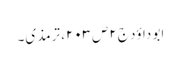
ابو داؤد ج۲ص۲۰۳، ترمذی۔